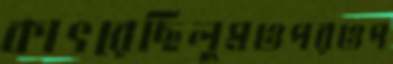
কাৎরেছিলুমওপরওপ